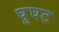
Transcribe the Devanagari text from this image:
घूघट